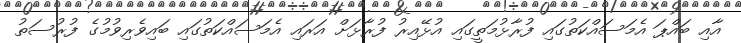
އާއި ބައްޕަ އެމަސައްކަތުގައި ފުރާޅުމަތީގައި އުޅޭއިރު ފުރާޅަށް އަރައި އެމަސައްކަތުގައި ބައިވެރިވުމުގެ ފުރުސަތު